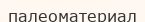
палеоматериал